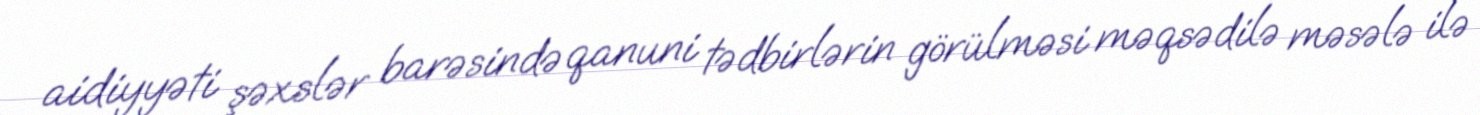
aidiyyəti şəxslər barəsində qanuni tədbirlərin görülməsi məqsədilə məsələ ilə